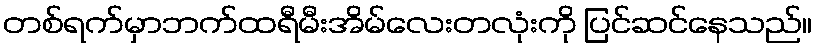
တစ်ရက်မှာဘက်ထရီမီးအိမ်လေးတလုံးကို ပြင်ဆင်နေသည်။